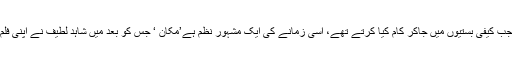
یہ شوکت کی زندگی کا وہ زمانہ تھا جب کیفی بستیوں میں جاکر کام کیا کرتے تھے، اسی زمانے کی ایک مشہور نظم ہے’مکان ‘ جس کو بعد میں شاہد لطیف نے اپنی فلم’سونے کی چڑیا’میں استعمال کیا تھا۔